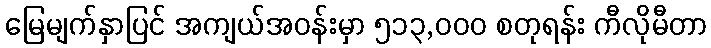
မြေမျက်နှာပြင် အကျယ်အဝန်းမှာ ၅၁၃,၀၀၀ စတုရန်း ကီလိုမီတာ